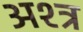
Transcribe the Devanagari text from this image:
अश्त्र